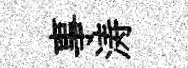
事涛